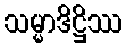
သမ္မာဒိဋ္ဌိဿ